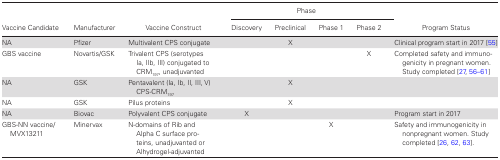
<table><thead><tr><td rowspan="2"><b>Vaccine Candidate</b></td><td rowspan="2"><b>Manufacturer</b></td><td rowspan="2"><b>Vaccine Construct</b></td><td colspan="4"><b>Phase</b></td><td></td></tr><tr><td><b>Discovery</b></td><td><b>Preclinical</b></td><td><b>Phase 1</b></td><td><b>Phase 2</b></td><td><b>Program Status</b></td></tr></thead><tbody><tr><td>NA</td><td>Pfizer</td><td>Multivalent CPS conjugate</td><td></td><td>X</td><td></td><td></td><td>Clinical program start in 2017 [55]</td></tr><tr><td>GBS vaccine</td><td>Novartis/GSK</td><td>Trivalent CPS (serotypes Ia, IIb, III) conjugated to CRM<sub>197</sub>, unadjuvanted</td><td></td><td></td><td></td><td>X</td><td>Completed safety and immunogenicity in pregnant women. Study completed [27, 56–61]</td></tr><tr><td>NA</td><td>GSK</td><td>Pentavalent (Ia, Ib, II, III, V) CPS-CRM<sub>197</sub></td><td></td><td>X</td><td></td><td></td><td></td></tr><tr><td>NA</td><td>GSK</td><td>Pilus proteins</td><td></td><td>X</td><td></td><td></td><td></td></tr><tr><td>NA</td><td>Biovac</td><td>Polyvalent CPS conjugate</td><td>X</td><td></td><td></td><td></td><td>Program start in 2017</td></tr><tr><td>GBS-NN vaccine/ MVX13211</td><td>Minervax</td><td>N-domains of Rib and Alpha C surface proteins, unadjuvanted or Alhydrogel-adjuvanted</td><td></td><td></td><td>X</td><td></td><td>Safety and immunogenicity in nonpregnant women. Study completed [26, 62, 63].</td></tr></tbody></table>